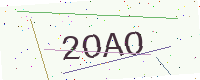
Text: 2OAO